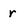
Character: r